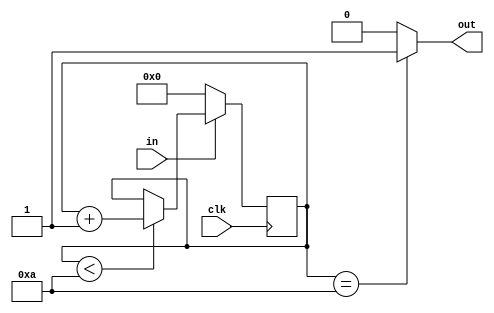
`timescale 1ns / 1ps
//////////////////////////////////////////////////////////////////////////////////
// Company: 
// Engineer: 
// 
// Design Name: 
// Module Name: debounce_btn
// Project Name: 
// Target Devices: 
// Tool Versions: 
// Description: 
// 
// Dependencies: 
// 
// Revision:
// Revision 0.01 - File Created
// Additional Comments:
// 
//////////////////////////////////////////////////////////////////////////////////


module debounce_btn(
    input clk,
    input in,
    output reg out
);
    reg [3:0] counter;
    initial counter = 0;
    
    always @(posedge clk) begin
        if(in == 0) begin
            counter = 0;
        end
        else begin
            if(counter < 10) begin
                counter = counter + 1;
            end
        end
    end
    
    always @(counter) begin
        if(counter == 10) out = 1;
        else out = 0;
    end
endmodule